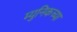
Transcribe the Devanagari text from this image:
म्युनिकच्या